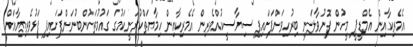
އެމެރިކާއިން އެމްޑީޕީ މީހުން ފޮނުވާލަނީ ބިރުހިވަންފަށައިފި ސިޔާސީކުއްވެރިން އެމެރިކާއިން ހިމާޔަތްކުރަނީކަމުގަ ގައުމުތަކުންބުނަންފަށައިފި ފަޅުވެރިޔާއަށް